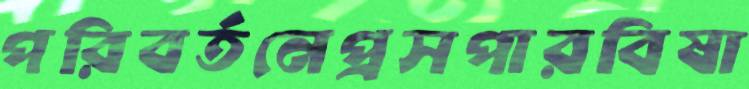
পরিবর্তনেপ্রসপারবিষা